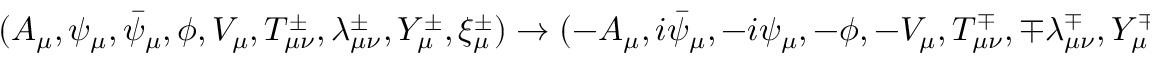
( A _ { \mu } , \psi _ { \mu } , \bar { \psi } _ { \mu } , \phi , V _ { \mu } , T _ { \mu \nu } ^ { \pm } , \lambda _ { \mu \nu } ^ { \pm } , Y _ { \mu } ^ { \pm } , \xi _ { \mu } ^ { \pm } ) \rightarrow ( - A _ { \mu } , i \bar { \psi } _ { \mu } , - i \psi _ { \mu } , - \phi , - V _ { \mu } , T _ { \mu \nu } ^ { \mp } , \mp \lambda _ { \mu \nu } ^ { \mp } , Y _ { \mu } ^ { \mp } , \mp \xi _ { \mu } ^ { \mp } ) ,